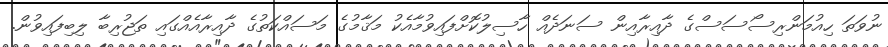
ނުވަތަ ހިއުމަންރިސޯސަސްގެ ދާއިރާއިން ސަނަދެއް ހާސިލުކޮށްފައިވުމާއެކު މަޤާމުގެ މަސައްކަތުގެ ދާއިރާއެއްގައި ތަޖުރިބާ ލިބިފައިވުން.